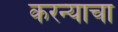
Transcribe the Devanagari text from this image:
करन्याचा